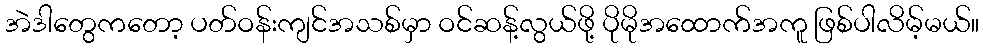
အဲဒါတွေကတော့ ပတ်ဝန်းကျင်အသစ်မှာ ဝင်ဆန့်လွယ်ဖို့ ပိုမိုအထောက်အကူ ဖြစ်ပါလိမ့်မယ်။